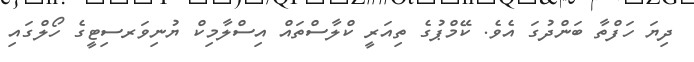
ދިޔަ ހަފްތާ ބަންދުގަ އެވެ. ކޭމްޕުގެ ތިއަރީ ކްލާސްތައް އިސްލާމިކް ޔުނިވަރސިޓީގެ ހޯލްގައި